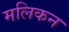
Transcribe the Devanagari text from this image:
मलिकन